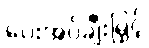
ပေးအပ်ချီးမြှင့်